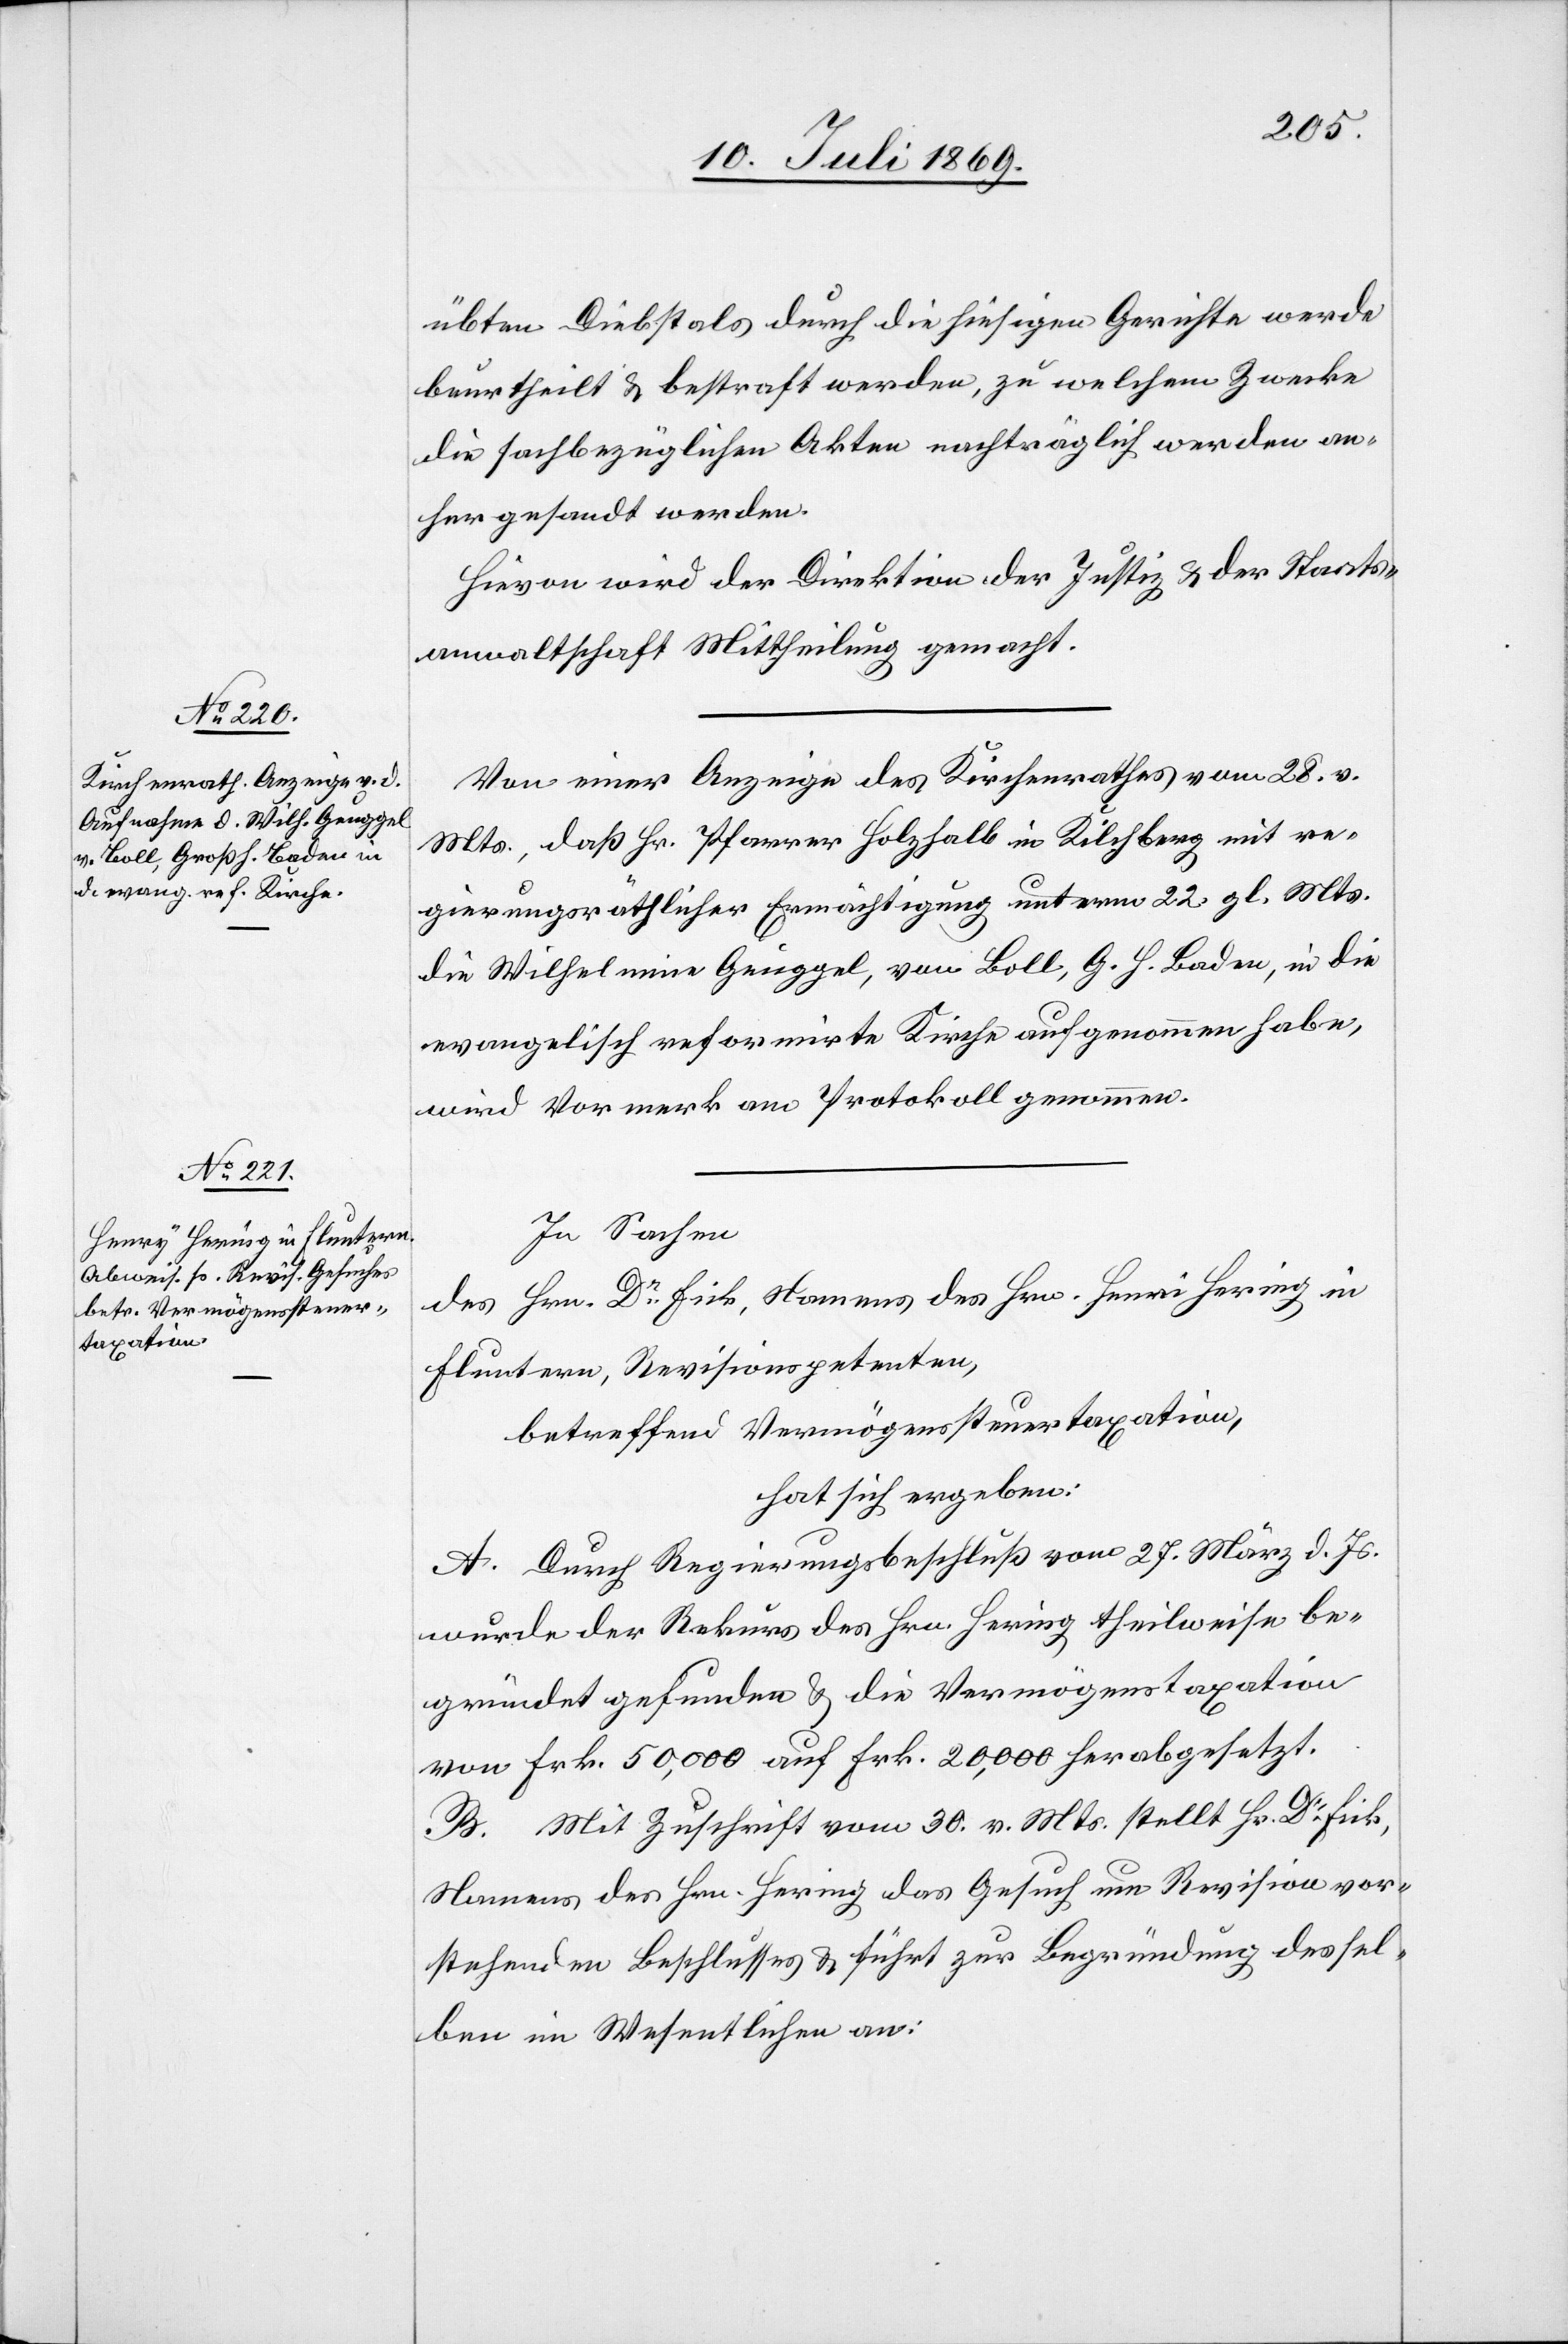
übten Diebstals durch die hiesigen Gerichte werde
beurtheilt u. bestraft werden, zu welchem Zwecke
die sachbezüglichen Akten nachträglich werden an¬
her gesandt werden.
Hievon wird der Direktion der Justiz u. der Staats¬
anwaltschaft Mittheilung gemacht.
Von einer Anzeige des Kirchenrathes vom 28 v.
Mts., daß Hr. Pfarrer Holzhalb in Kilchberg mit re¬
gierungsräthlicher Ermächtigung unterm 22 gl. Mts.
die Wilhelmina Geuggel, von Boll, G. H. Baden, in die
evangelisch reformirte Kirche aufgenommen habe,
wird Vormerk am Protokoll genommen.
In Sachen
des Hrn. Dr Fick, Namens des Hrn. Henri [sic!] Hering in
Fluntern, Revisionspetenten,
betreffend Vermögenssteuertaxation,
hat sich ergeben:
A. Durch Regierungsbeschluß vom 27 März d. Js.
wurde der Rekurs des Hrn. Hering theilweise be¬
gründet gefunden u. die Vermögenstaxation
von Frk. 50,000 auf Frk. 2000 herabgesetzt.
B. Mit Zuschrift vom 30 v. Mts. stellt Hr. Dr Fick,
Namens des Hrn. Hering das Gesuch um Revision vor¬
stehenden Beschlusses u. führt zur Begründung dessel¬
ben im Wesentlichen an: